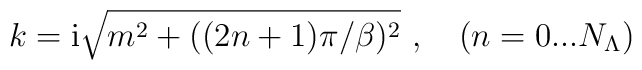
k= {\rm i} \sqrt{m^2+((2n+1)\pi/\beta)^2}\ , \quad (n=0...N_{\Lambda})